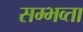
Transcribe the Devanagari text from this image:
सम्भव्ता